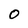
Character: O